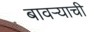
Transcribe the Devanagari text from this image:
बावऱ्याची